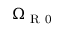
\Omega _ { \mathrm { ~ R ~ 0 ~ } }